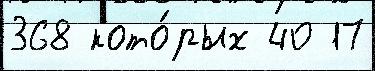
368 кото́рых 40 17